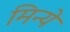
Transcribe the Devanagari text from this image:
मिन्ये